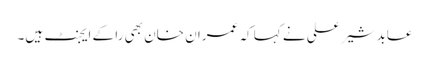
عابد شیر علی نے کہا کہ عمران خان بھی را کے ایجنٹ ہیں۔